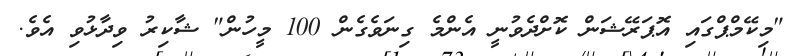
"މިކޭމްޕްގައި އޮޕަރޭޝަން ކޮށްދެވުނީ އެންމެ ގިނަވެގެން 100 މީހުން" ޝާކިރު ވިދާޅުވި އެވެ.